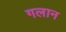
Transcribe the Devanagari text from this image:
गलान